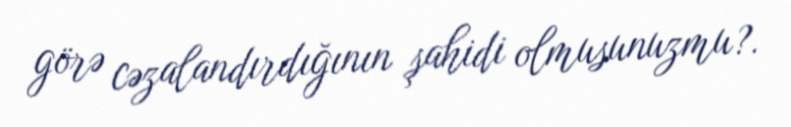
görə cəzalandırdığının şahidi olmusunuzmu?.